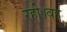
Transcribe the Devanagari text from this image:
रही।वह